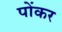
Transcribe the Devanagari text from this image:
पोंकर